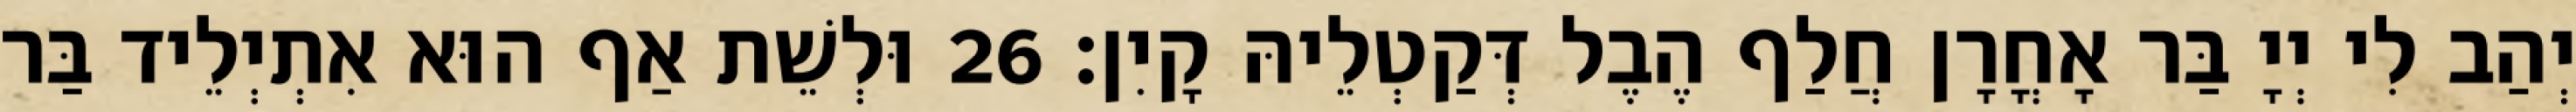
יְהַב לִי יְיָ בַּר אָחֳרָן חֲלַף הֶבֶל דְּקַטְלֵיהּ קָיִן׃ 26 וּלְשֵׁת אַף הוּא אִתְיְלֵיד בַּר